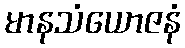
မာနသံယောဇနံ